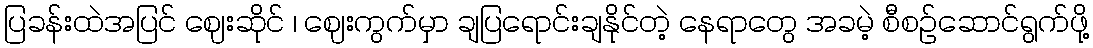
ပြခန်းထဲအပြင် ဈေးဆိုင် ၊ ဈေးကွက်မှာ ချပြရောင်းချနိုင်တဲ့ နေရာတွေ အခမဲ့ စီစဉ်ဆောင်ရွက်ဖို့